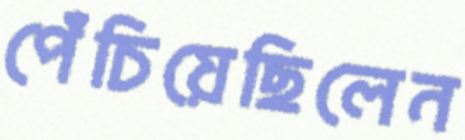
পেঁচিয়েছিলেন